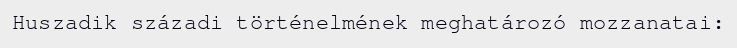
Huszadik századi történelmének meghatározó mozzanatai: